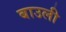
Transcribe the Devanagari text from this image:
बाउली